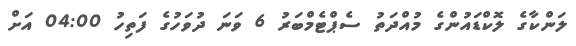
ލަންކާގެ ލޮކްޑައުންގެ މުއްދަތު ސެޕްޓެމްބަރު 6 ވަނަ ދުވަހުގެ ފަތިހު 04:00 އަށް